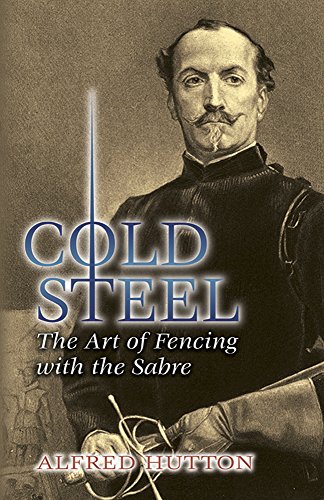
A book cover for Cold Steel: The Art of Fencing with the Sabre (Dover Military History, Weapons, Armor); Alfred Hutton; History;